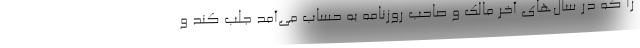
را که در سال‌های آخر مالک و صاحب روزنامه به حساب می‌آمد جلب کند و